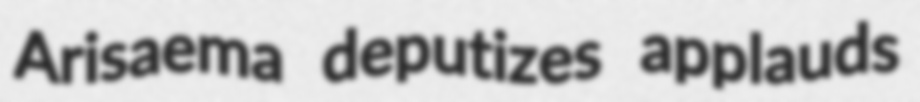
Arisaema deputizes applauds